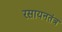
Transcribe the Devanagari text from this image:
रसायनतंत्र